Annual report on the working of the lock hospitals in the Central Provinces
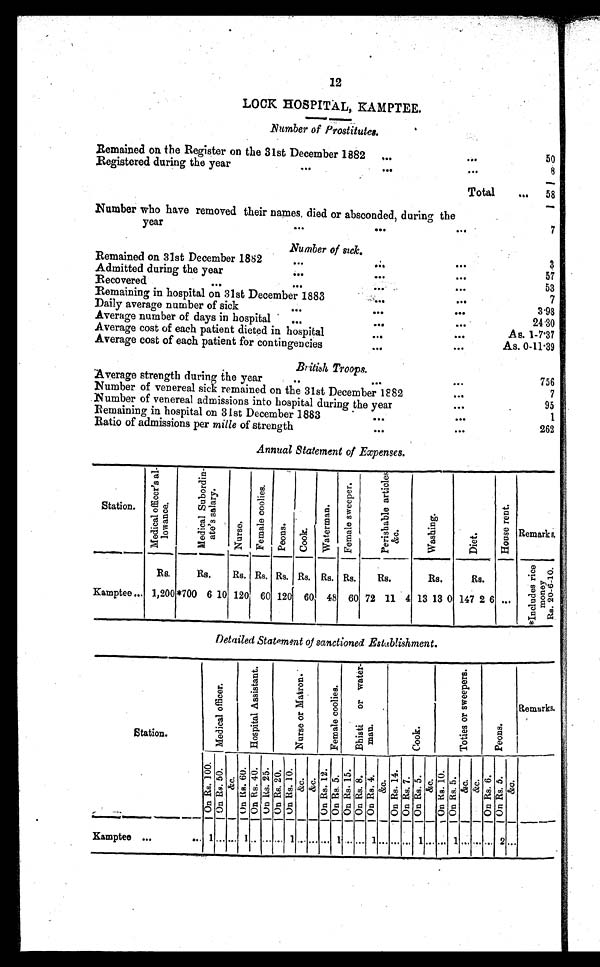
12
LOOK HOSPITAL, KAMPTEE.
Number of Prostitutes.
Remained on the Register on the 31st December 1882
...
••.
50
Registered during the year
,..
...
.•.
8
Total
...
58
Number who have removed their names, died or absconded, during the
y ear
...
•••
...
7
Number of sick.
Remained on 31st December 1882
••.
•..
•.•
3
Admitted during the year
.••
...
...
57
Recovered
•••
.••
•••
53
Remaining in hospital on 31st December 1883
•.. •••
7
Daily average number of sick
.••
•.•
•••
3.98
Average number of days in hospital
...
...
••.
24.30
Average cost of each patient dieted in hospital
•••
••.
As. 1-7.37
Average cost of each patient for contingencies... •••
As. 0-11.39
British Troops.
Average strength during the year
..
...
..•
7.56
Number of venereal sick remained on the 31st December 1882
...
7
Number of venereal admissions into hospital during the year
...
95
Remaining in hospital on 31st December 1883
•.•
•••
1
Ratio of admissions per mille of strength
••.
...
262
Annual Statement of Expenses.
Station.
M e d i c a l o f f i c e r ' s a l -
l owance.
M e d i c a l S u b o r d i n -
a t e ' s s a l a r y .
N u r s e .
F e m a l e c o o l i e s .
P e o n s . C o o k .
W a t e r m a n .
F e m a l e s w e e p e r .
P e r i s h a b l e a r t i c l e s
& c .
W a s h i n g .
D i e t .
Ho u s e .
Remarks.
Rs.
Rs.
Rs. Rs. Rs. Rs. Rs. Rs.
Rs.
Rs.
Rs.
* I n c l u d e s r i c e
m o n e y
R s . 2 0 - 6 - 1 0 .
Kamptee... 1,200 *700 6.10 120 60 120 60 48 60 72 11 4 13 13 0 147 2 6 ...
Detailed Statement of sanctioned Establishment.
Station.
M e d i c a l o f f i c e r .
H o s p i t a l A s s i s t a n t .
N u r s e o r M a t r o n .
F e m a l e c o o l i e s . B h i s t i o r w a t e r
man.
C o o k .
T o t i e s o r s w e e p e r s .
P e o n s .
Remarks.
On Rs . 100.
O n R s . 5 0 . & c .
On Rs . 6 0 . On Rs . 4 0 . O n R s . 2 5 . O n R s . 2 0 . O n R s . 1 0 .
&c .
&c. On Rs . 1 2 . O n R s . 5 .
On Rs . 1 5
On Rs . 8 . On Rs . 4 . & c . On Rs . 1 4 .
On Rs. 7.
O n R s . 5 . &c .
O n R s . 1 0 . O n R s . 5 . &c . &c . On Rs . 6 . On R s . 5 . &c.
Kamptee ... ...
1
... ...
1
... ... ...
1
... ... ...
1
... ...
1
... ...
1
... ...
1
... ... ...
2
...